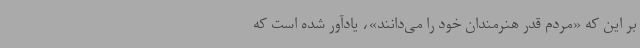
بر این که «مردم قدر هنرمندان خود را می‌دانند»، یادآور شده است که